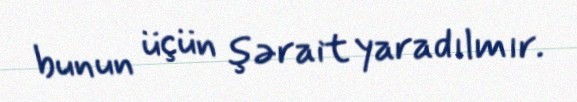
bunun üçün şərait yaradılmır.